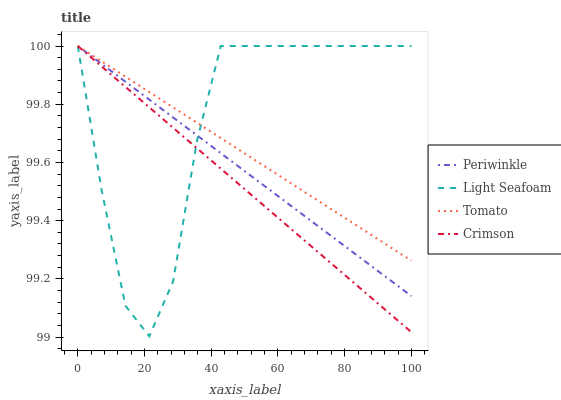
| xaxis_label | Periwinkle | Light Seafoam | Tomato | Crimson |
 | --- | --- | --- | --- | --- |
 | 0 | 100 | 100 | 100 | 100 |
 | 7.14 | 99.9 | 99.5 | 99.9 | 99.9 |
 | 14.3 | 99.9 | 99.1 | 99.9 | 99.9 |
 | 21.4 | 99.8 | 99 | 99.8 | 99.8 |
 | 28.6 | 99.8 | 99.2 | 99.8 | 99.7 |
 | 35.7 | 99.7 | 99.7 | 99.7 | 99.6 |
 | 42.9 | 99.6 | 100 | 99.7 | 99.6 |
 | 50 | 99.6 | 100 | 99.6 | 99.5 |
 | 57.1 | 99.5 | 100 | 99.6 | 99.4 |
 | 64.3 | 99.4 | 100 | 99.5 | 99.4 |
 | 71.4 | 99.4 | 100 | 99.5 | 99.3 |
 | 78.6 | 99.3 | 100 | 99.4 | 99.2 |
 | 85.7 | 99.3 | 100 | 99.4 | 99.2 |
 | 92.9 | 99.2 | 100 | 99.3 | 99.1 |
 | 100 | 99.1 | 100 | 99.3 | 99 |